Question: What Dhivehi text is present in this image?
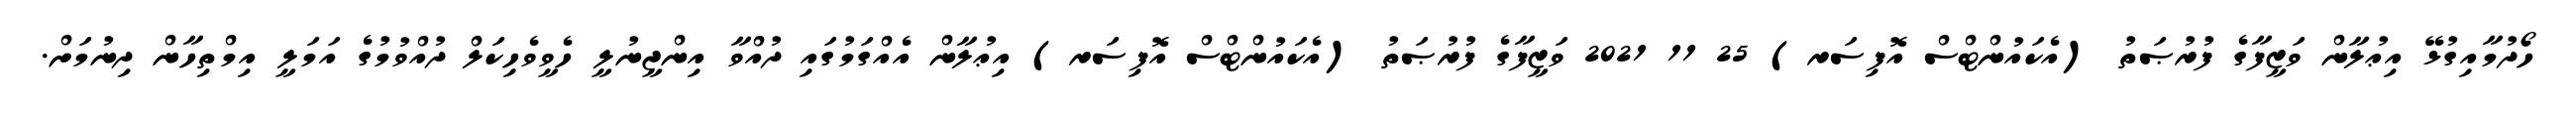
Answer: ހޯދުމާއިގުޅޭ އިޢުލާން ވަޒީފާގެ ފުރުޞަތު (އެކައުންޓްސް އޮފިސަރ) 25 11 2021 ވަޒީފާގެ ފުރުޞަތު (އެކައުންޓްސް އޮފިސަރ) އިޢުލާން އެއްގަމުގައި ދުއްވާ އިންޖީނުލީ ހެވީވެހިކަލް ދުއްވުމުގެ އަމަލީ އިމްތިހާން ދިނުމަށް.